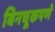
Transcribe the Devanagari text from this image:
बिनचूकपणे